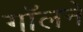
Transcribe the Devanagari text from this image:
गॉलने